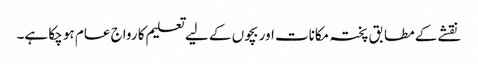
نقشے کے مطابق پختہ مکانات اور بچوں کے لیے تعلیم کا رواج عام ہو چکا ہے۔